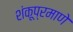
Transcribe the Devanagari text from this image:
शंकूप्रमाणे